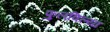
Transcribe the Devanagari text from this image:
फुलविल्या